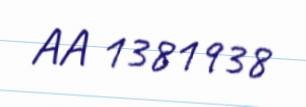
AA 1381938